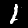
Label: 1